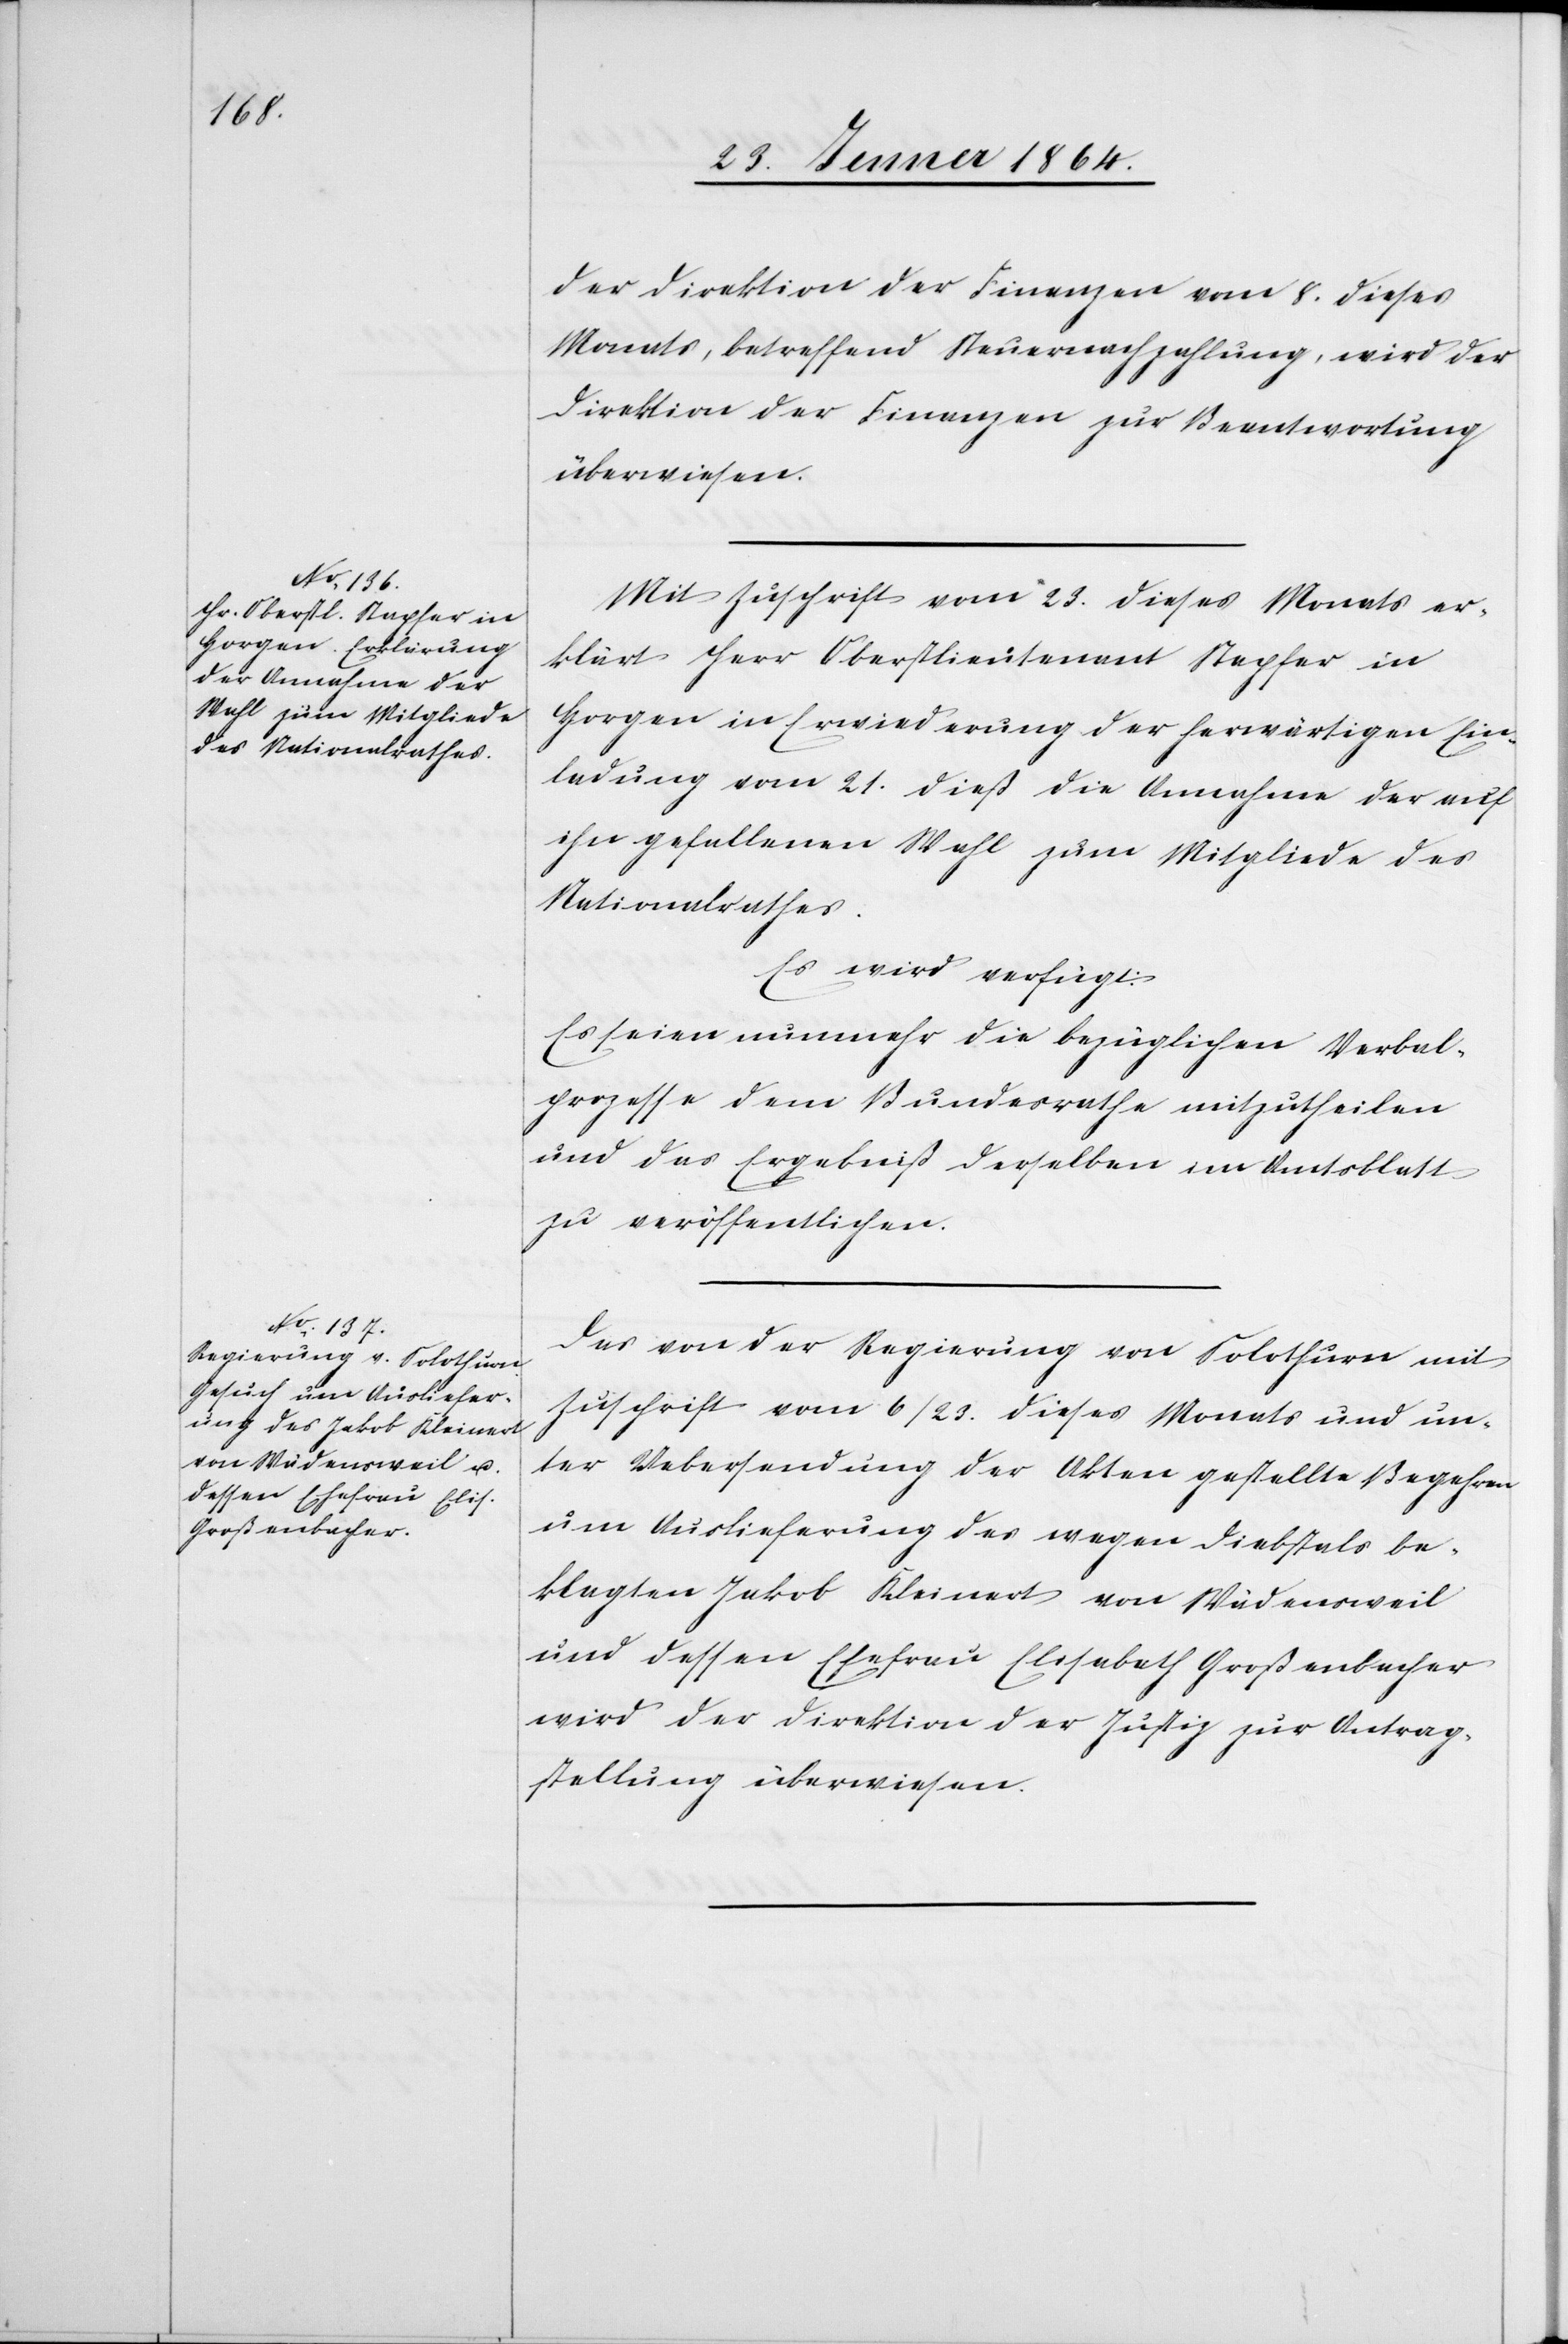
25. Jenner 1864.]
der Direktion der Finanzen vom 8. dieses
Monats, betreffend Steuernachzahlung, wird der
Direktion der Finanzen zur Beantwortung
überwiesen.
Mit Zuschrift vom 23. dieses Monats er¬
klärt Herr Oberstlieutenant Stapfer in
Horgen in Erwiederung der herwärtigen Ein¬
ladung vom 21. dieß die Annahme der auf
ihn gefallenen Wahl zum Mitgliede des
Nationalrathes.
Es wird verfügt:
Es seien nunmehr die bezüglichen Verbal¬
prozesse dem Bundesrathe mitzutheilen
und das Ergebniß derselben im Amtsblatt
zu veröffentlichen.
Das von der Regierung von Solothurn mit
Zuschrift vom 6/23. dieses Monats und un¬
ter Uebersendung der Akten gestellte Begehren
um Auslieferung des wegen Diebstahls be¬
klagten Jakob Kleinert von Wädensweil
und dessen Ehefrau Elisabeth Großenbacher
wird der Direktion der Justiz zur Antrag¬
stellung überwiesen.